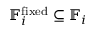
\mathbb { F } _ { i } ^ { \mathrm { f i x e d } } \subseteq \mathbb { F } _ { i }